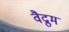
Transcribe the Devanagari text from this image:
वैद्रुम